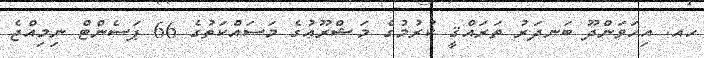
ހއ. އިހަވަންދޫ ބަނދަރު ތަރައްޤީ ކުރުމުގެ މަޝްރޫޢުގެ މަސައްކަތުގެ 66 ޕަސެންޓް ނިމިއްޖެ